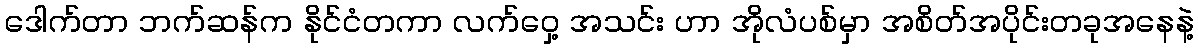
ဒေါက်တာ ဘက်ဆန်က နိုင်ငံတကာ လက်ဝှေ့ အသင်း ဟာ အိုလံပစ်မှာ အစိတ်အပိုင်းတခုအနေနဲ့